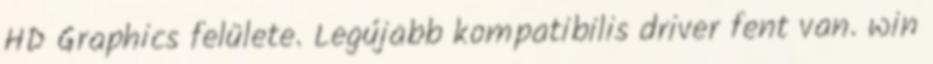
HD Graphics felülete. Legújabb kompatibilis driver fent van. win